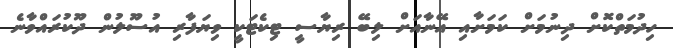
ހިދުމަތްކޮށް ދިނުމަށް ކަމަށާއި އޭނާއަށް ލިބޭ ރިޔާސީ ޓިކެޓަކީ ވިޔަފާރި އުސޫލުން ދޫކުރައްވާނެ